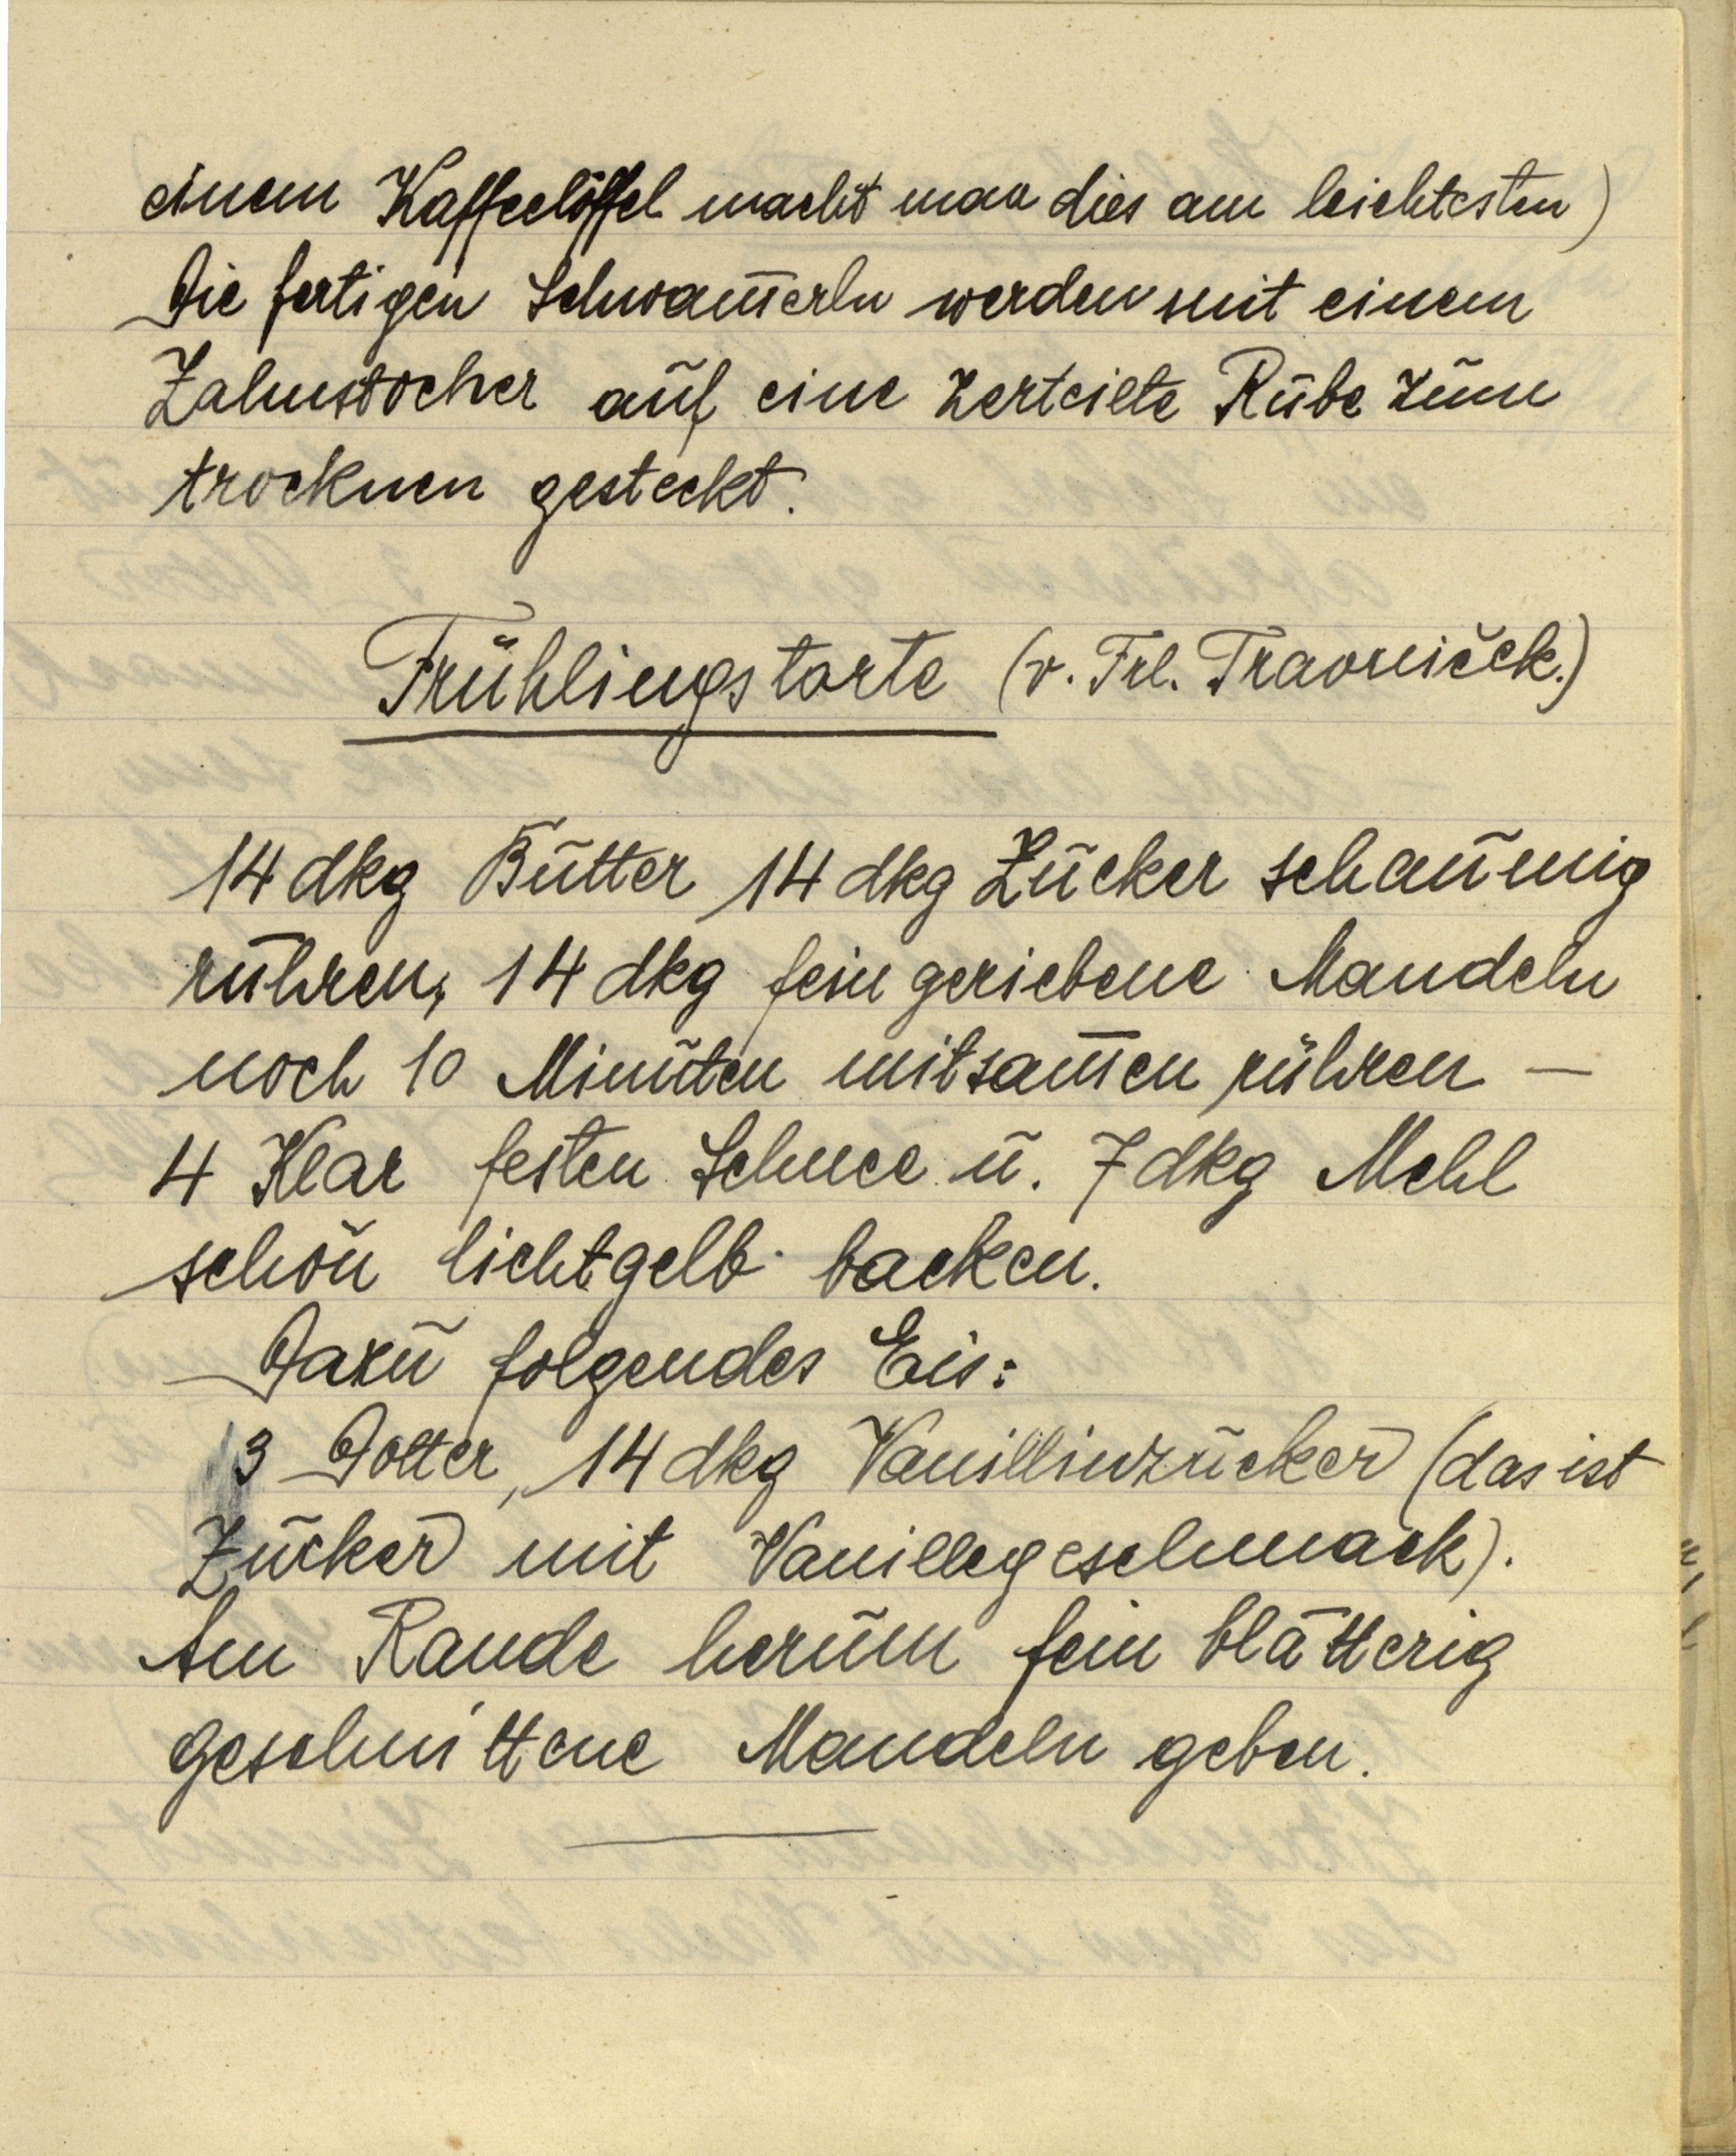
einem Kaffeelöffel macht man dies am leichtesten)
Die fertigen Schwammerln werden mit einem
Zahnstocher auf eine zerteilte Rübe zum
trocknen gesteckt.

Frühlingstorte (v. Frl. Traoniček.)

14 dkg Butter 14 dkg Zucker schaumig
rühren, 14 dkg fein geriebene Mandeln
noch 10 Minuten mitsammen rühren —
4 Klar festen Schnee u. 7 dkg Mehl
schön lichtgelb backen.
Dazu folgendes Eis:
3 Dotter, 14 dkg Vanillinzucker (das ist
Zucker mit Vanillegeschmack).
Am Rande herum fein blätterig
geschnittene Mandeln geben.